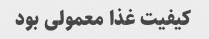
کیفیت غذا معمولی بود